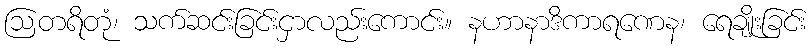
ဩတရိတုံ၊ သက်ဆင်းခြင်းငှာလည်းကောင်း။ နဟာနာဒိကာရဏေန၊ ရေချိုးခြင်း